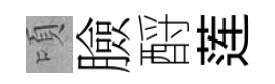
頃臉酹莲